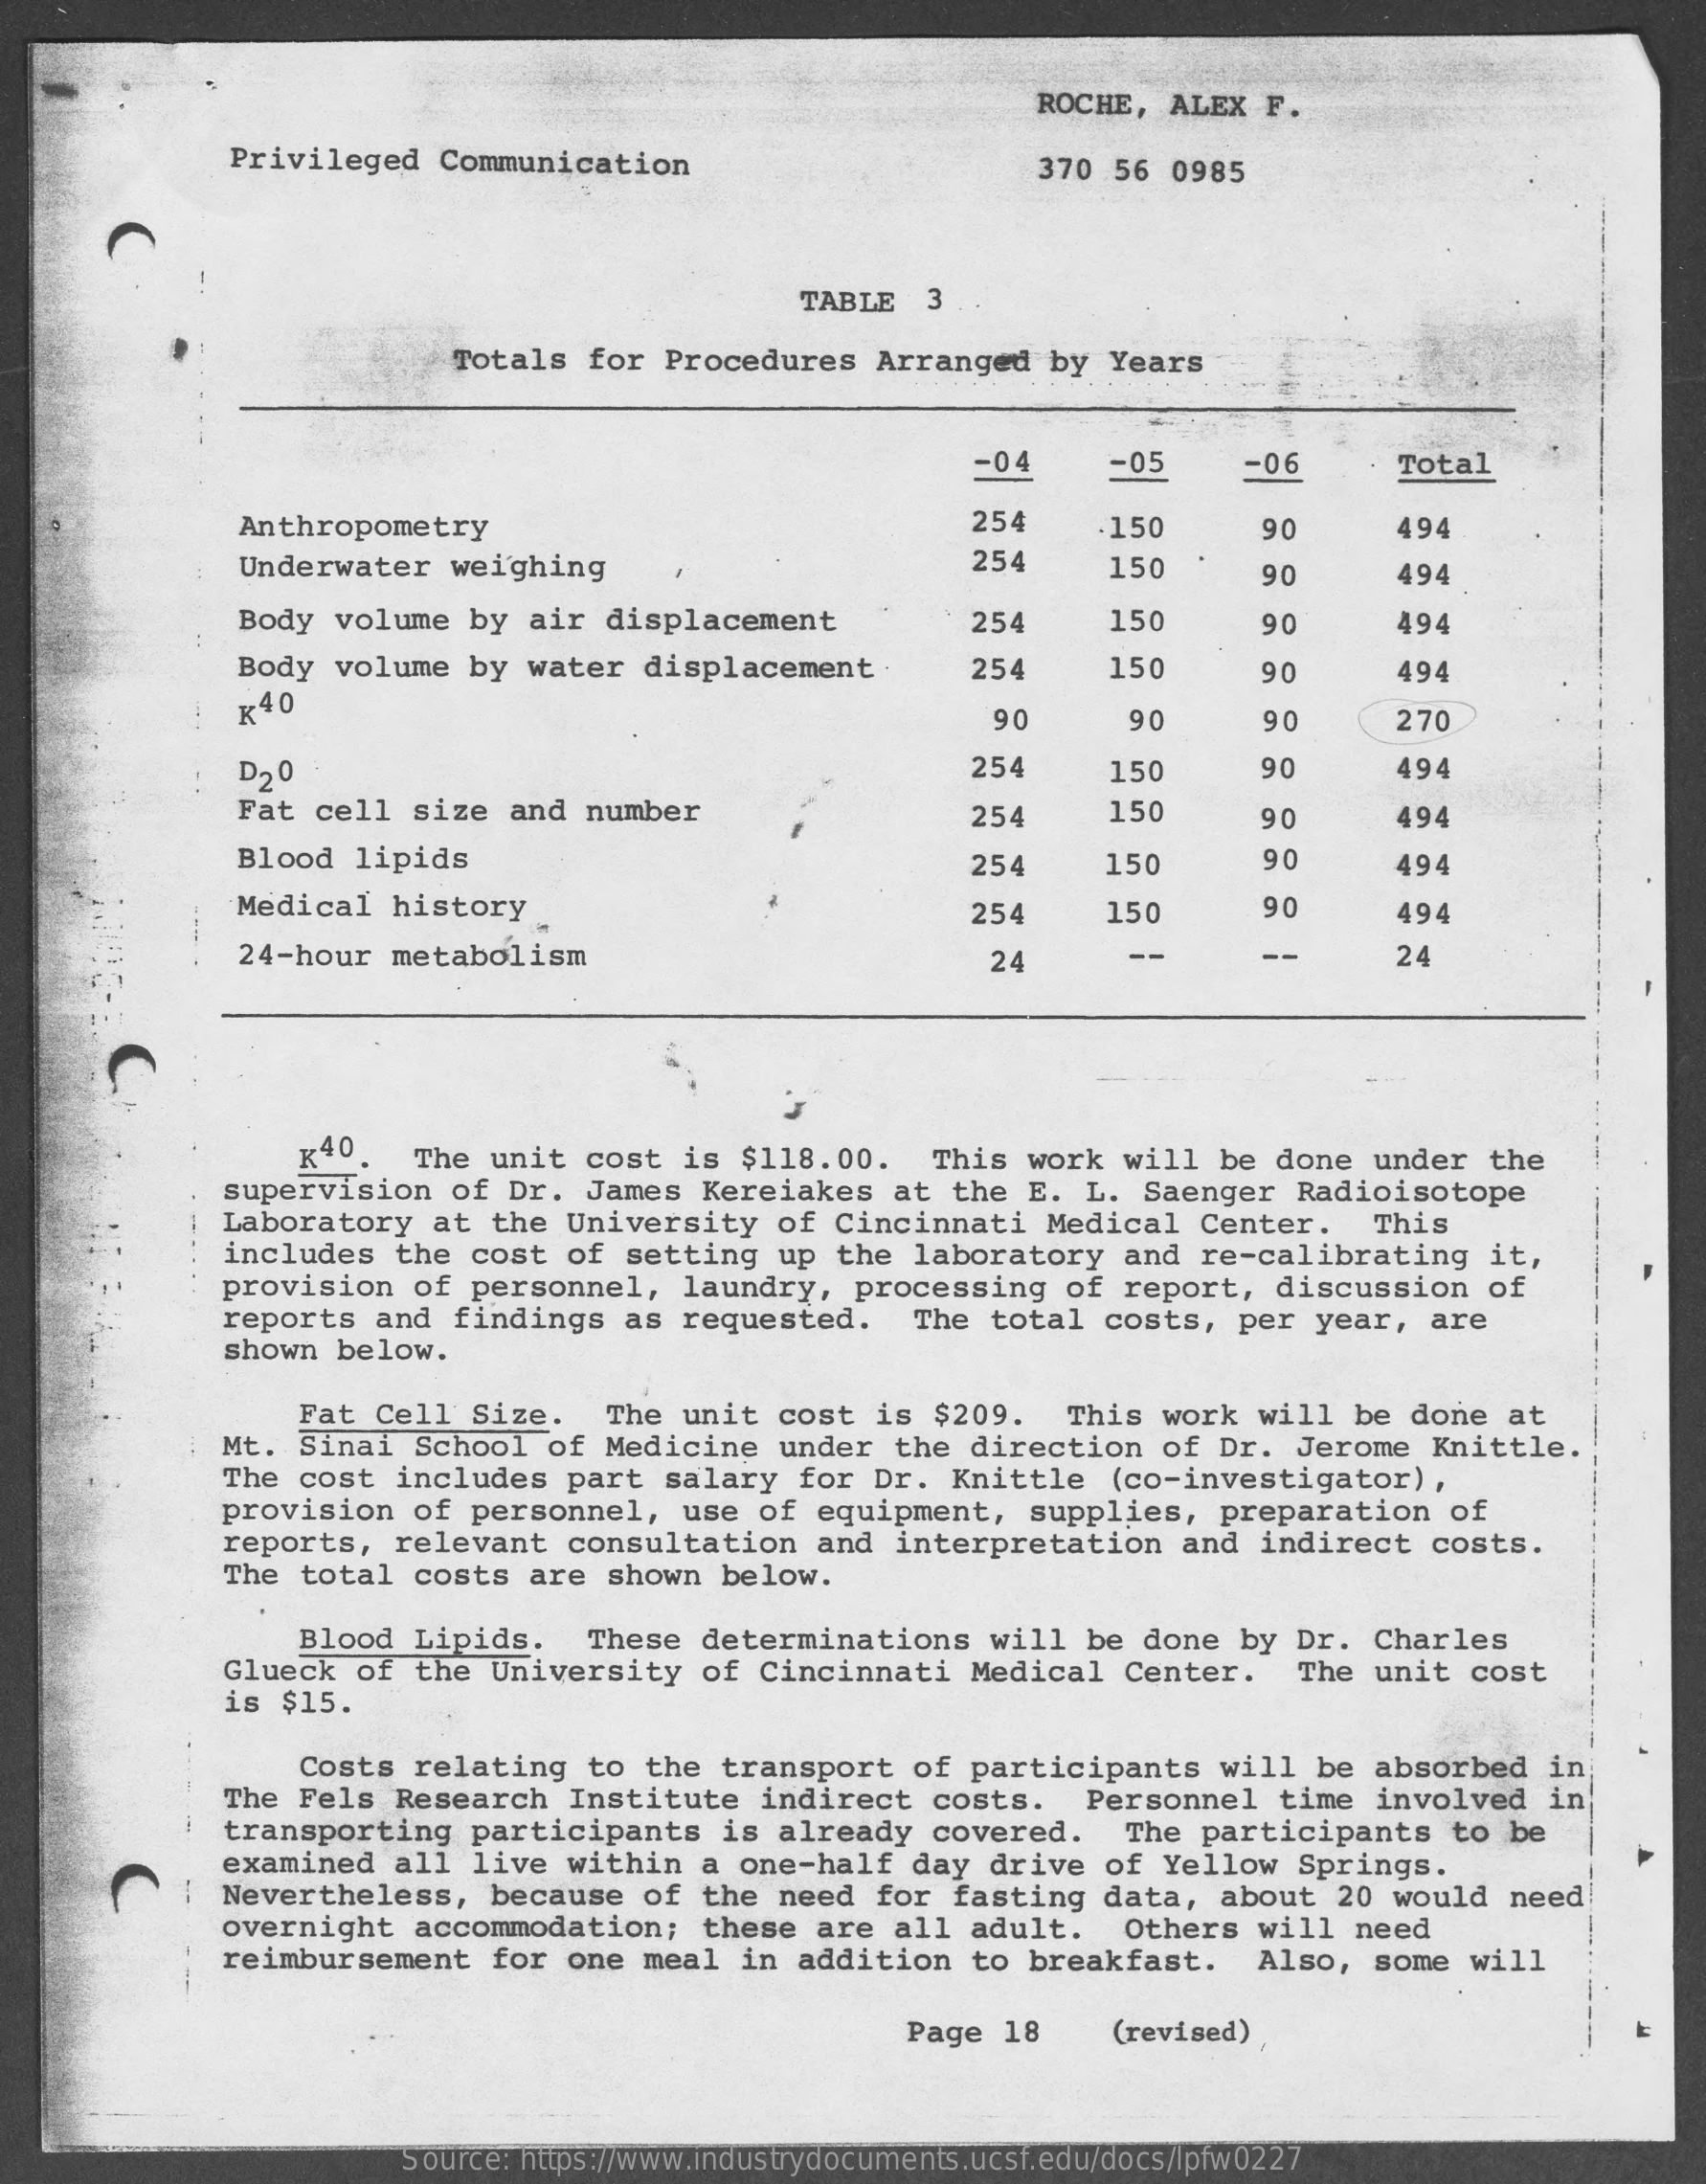
ROCHE, ALEX F.
     Privileged Communication    370 56 0985
     TABLE 3
     Totals for Procedures Arranged by Years
     -04   -05   -06    Total
     Anthropometry    254   .150   90    494
     Underwater weighing    254   150    90    494
     Body volume by air displacement   254   150    90    494
     Body volume by water displacement - 254  150    90    494
     K40    90    90    90    270
     D20    254   150    90    494
     Fat cell size and number    254   150    90    494
     Blood lipids    254   150    90    494
     Medical history_    254   150    90    494
     24-hour metabolism    24    24
     K40.  The unit cost is $118.00. This work will be done under the
     supervision of Dr. James Kereiakes at the E. L. Saenger Radioisotope
     Laboratory at the University of Cincinnati Medical Center. This
     includes the cost of setting up the laboratory and re-calibrating it,
     provision of personnel, laundry, processing of report, discussion of
     reports and findings as requested. The total costs, per year, are
     shown below.
     Fat Cell Size. The unit cost is $209. This work will be done at
     Mt. Sinai School of Medicine under the direction of Dr. Jerome Knittle.
     The cost includes part salary for Dr. Knittle (co-investigator),
     provision of personnel, use of equipment, supplies, preparation of
     reports, relevant consultation and interpretation and indirect costs.
     The total costs are shown below.
     Glueck of the University of Cincinnati Medical Center. The unit cost
     Blood Lipids. These determinations will be done by Dr. Charles
     is $15.
     Costs relating to the transport of participants will be absorbed in
     The Fels Research Institute indirect costs. Personnel time involved in
     transporting participants is already covered. The participants to be
     examined all live within a one-half day drive of Yellow Springs.
     Nevertheless, because of the need for fasting data, about 20 would need
     overnight accommodation; these are all adult. Others will need
     reimbursement for one meal in addition to breakfast. Also, some will
     Page 18  (revised)
     Source: https://www.industrydocuments.ucsf.edu/docs/lpfw0227